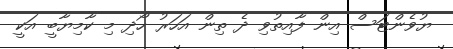
ޔުވެންޓަސް އިން ފާއިތުވި ދެ ތިން އަހަރު ހޯދި މި ކާމިޔާބީ އަކީ